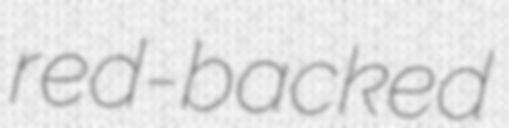
red-backed